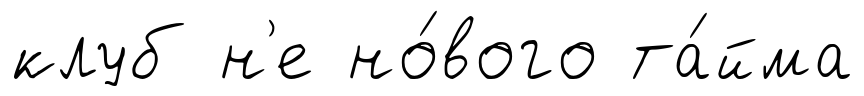
клуб н'е но́вого та́йма